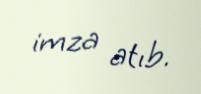
imza atıb.